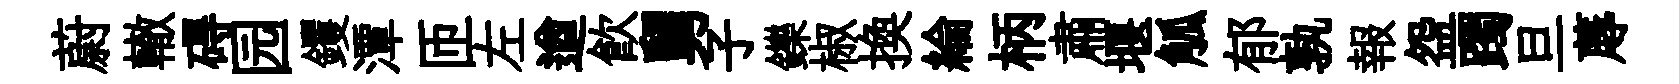
蔚轍碍园钁潭匝左遒飮舅子鑠椒換綸柄肅堰觚郁孰報盌躅旦蓐